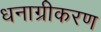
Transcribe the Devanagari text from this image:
धनाग्रीकरण